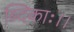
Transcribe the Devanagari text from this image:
ब्दिकाः।।